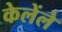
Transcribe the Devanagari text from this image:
केलेंले